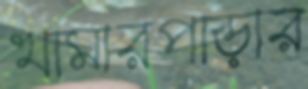
খামারপাড়ার